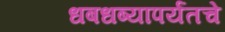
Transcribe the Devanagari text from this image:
धबधब्यापर्यंतचे